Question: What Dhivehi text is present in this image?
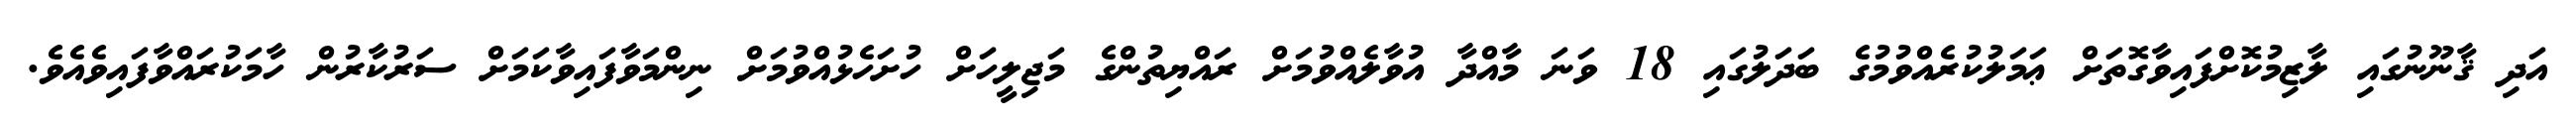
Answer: އަދި ޤާނޫނުގައި ލާޒިމުކޮށްފައިވާގޮތަށް ޢަމަލުކުރެއްވުމުގެ ބަދަލުގައި 18 ވަނަ މާއްދާ އުވާލެއްވުމަށް ރައްޔިތުންގެ މަޖިލީހަށް ހުށަހެޅުއްވުމަށް ނިންމަވާފައިވާކަމަށް ސަރުކާރުން ހާމަކުރައްވާފައިވެއެވެ.